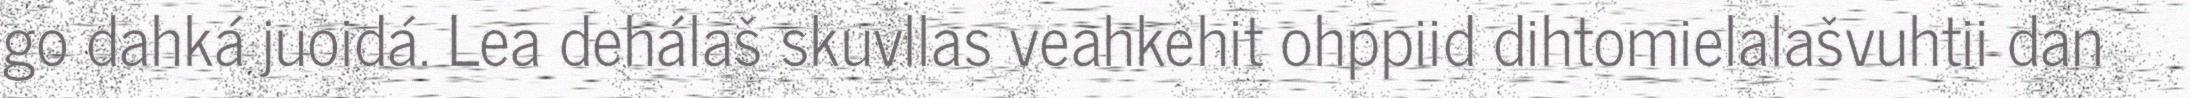
go dahká juoidá. Lea dehálaš skuvllas veahkehit ohppiid dihtomielalašvuhtii dan